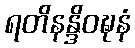
ရတိနန္ဒိဝဍ္ဎနံ